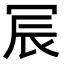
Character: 𫤹